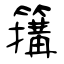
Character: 簼